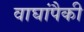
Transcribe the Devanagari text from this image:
वाघांपैकी